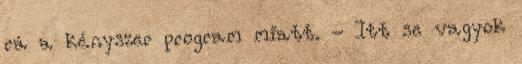
rá a kényszer program miatt. - Itt se vagyok